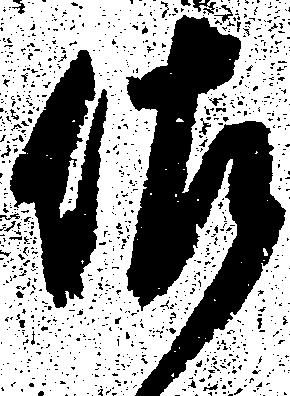
佐